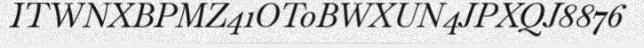
ITWNXBPMZ41OT0BWXUN4JPXQJ8876